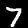
Digit: 7